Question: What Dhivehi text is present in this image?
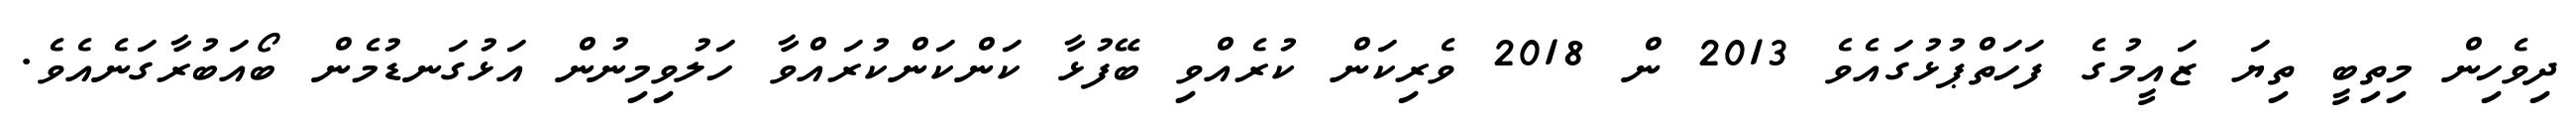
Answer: ދިވެހިން މިތިބީ ތިޔަ ޒައީމުގެ ފަހަތްޕުޅުގައެވެ 2013 ން 2018 ވެރިކަން ކުރެއްވި ބޭފުޅާ ކަންކަންކުރައްވާ ހަލުވިމިނުން އަޅުގަނޑުމެން ބޯއަބުރާގަނެއެވެ.